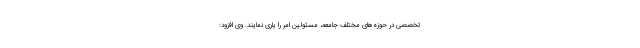
تخصصی در حوزه‌های مختلف جامعه، مسئولین امر را یاری نمایند. وی افزود: